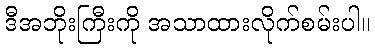
ဒီအဘိုးကြီးကို အသာထားလိုက်စမ်းပါ။